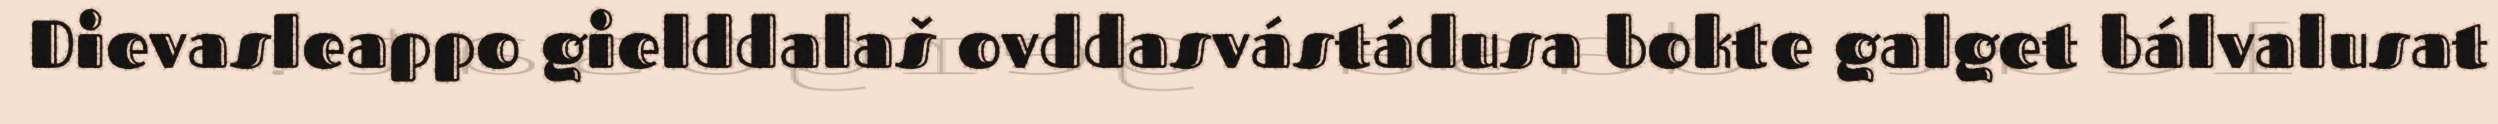
Dievasleappo gielddalaš ovddasvástádusa bokte galget bálvalusat